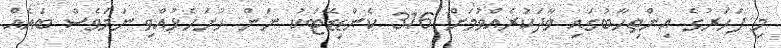
މި ފަހަރުގެ އިންތިހާބުގައި ވާދަކުރެއްވުމަށް 316 ކެންޑިޑޭޓަކު ނަން ހުށަހެޅުއްވި ނަމަވެސް ބައެއް